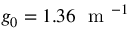
g _ { 0 } = 1 . 3 6 ~ \mathrm { ~ m ~ } ^ { - 1 }